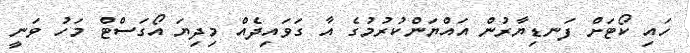
ހައި ކޯޓަށް ފަނޑިޔާރުން އައްޔަންކުރުމުގެ އާ ގަވައިދެއް މިދިޔަ އޯގަސްޓް މަހު ވަނީ